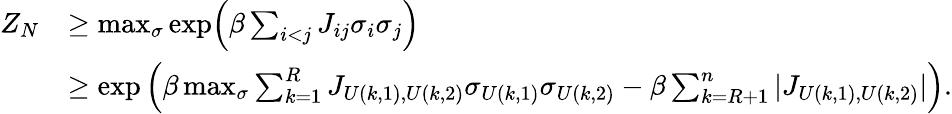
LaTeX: \begin{array}{rl}{Z_{N}}&{\ge\operatorname*{max}_{\sigma}\exp\Bigl(\beta\sum_{i<j}J_{ij}\sigma_{i}\sigma_{j}\Bigr)}\\ &{\ge\exp\Big(\beta\operatorname*{max}_{\sigma}\sum_{k=1}^{R}J_{U(k,1),U(k,2)}\sigma_{U(k,1)}\sigma_{U(k,2)}-\beta\sum_{k=R+1}^{n}|J_{U(k,1),U(k,2)}|\Big).}\end{array}